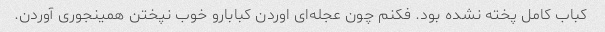
کباب کامل پخته نشده بود. فکنم چون عجله‌ای اوردن کبابارو خوب نپختن همینجوری آوردن.